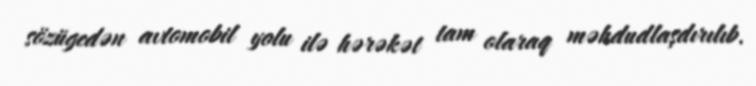
sözügedən avtomobil yolu ilə hərəkət tam olaraq məhdudlaşdırılıb.